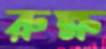
রুক্ষ